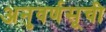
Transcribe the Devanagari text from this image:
अनुवर्णसूची